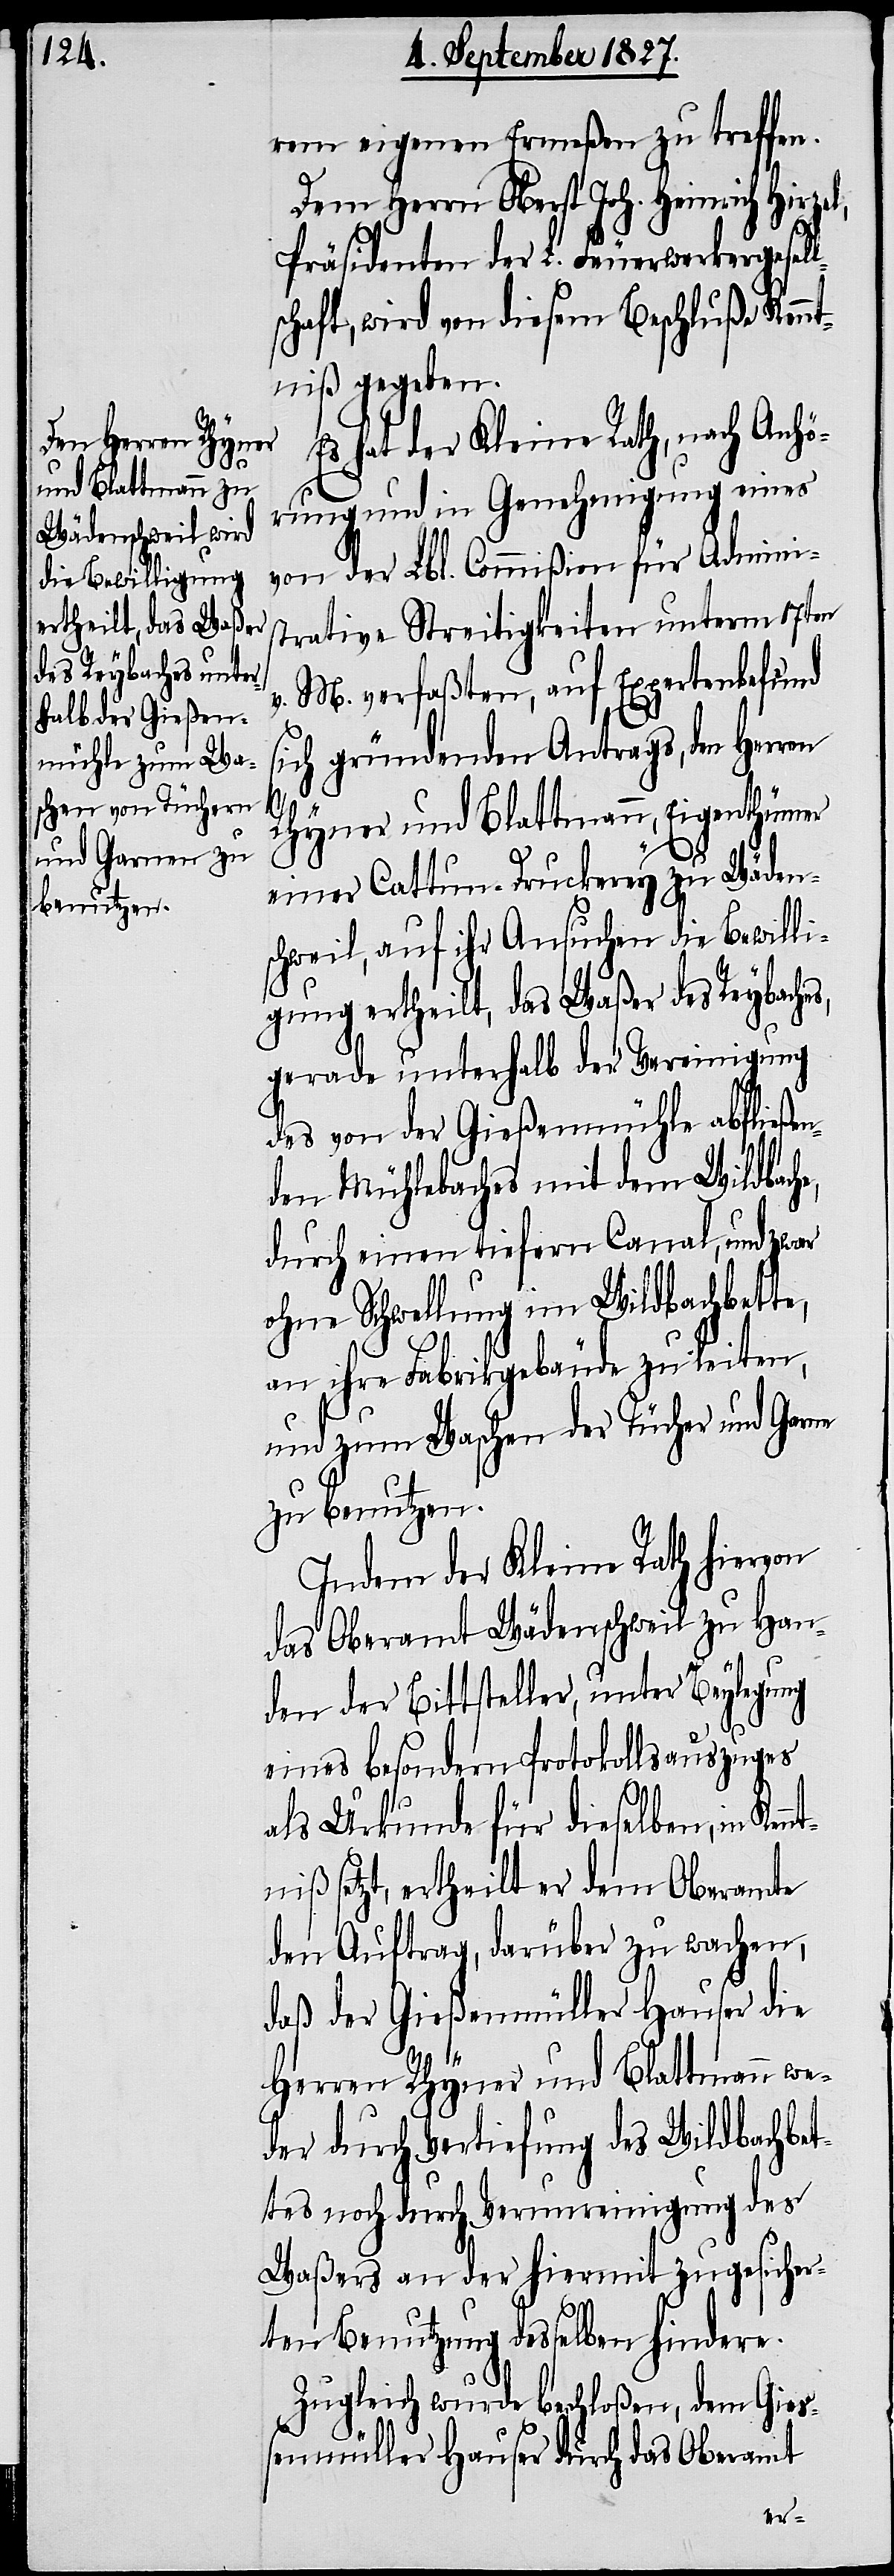
rem eigenen Ermeßen zu treffen.
Dem Herrn Oberst Joh. Heinrich Hirzel,
he,
Präsidenten der L. Feuerwerkergesell¬
schaft, wird von diesem Beschluße Kennt¬
niß gegeben.
Es hat der Kleine Rath, nach Anhö¬
rung und in Genehmigung eines
von der Lbl. Commißion für Admini¬
strative Streitigkeiten unterm 17ten
v. M. verfaßten, auf Expertenbefund
sich gründenden Antrags, den Herren
nt¬
Rhyner und Blattmann, Eigenthümer
einer Cattun-Druckerey zu Wäden¬
schweil, auf ihr Ansuchen die Bewilli¬
gung ertheilt, das Waßer des Reybaches,
gerade unterhalb der Vereinigung
des von der Gießenmühle abfließen¬
den Mühlebaches mit dem Wildbac¬
durch einen tiefern Canal, und zwar
ohne Schwellung im Wildbachbette,
an ihre Fabrikgebäude zu leiten,
und zum Waschen der Tücher und Garne
zu benutzen.
Indem der Kleine Rath hiervon
das Oberamt Wädenschweil zu Han¬
den der Bittsteller, unter Beylegung
eines besondern Protokollauszuges
als Urkunde für dieselben, in Ken¬
niß setzt, ertheilt er dem Oberamte
den Auftrag, darüber zu wachen,
daß der Gießenmüller Hauser die
Herren Rhyner und Blattmann we¬
der durch Vertiefung des Wildbachbet¬
tes noch durch Verunreinigung des
Waßers an der hiermit zugesicher¬
ten Benutzung desselben hindere.
Zugleich wurde beschloßen, dem Gie¬
ßenmüller Hauser durch das Oberamt